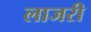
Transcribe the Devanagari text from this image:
लाजरी